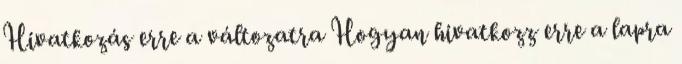
Hivatkozás erre a változatra Hogyan hivatkozz erre a lapra